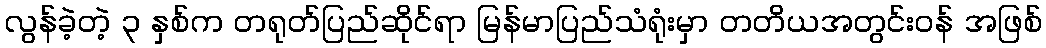
လွန်ခဲ့တဲ့ ၃ နှစ်က တရုတ်ပြည်ဆိုင်ရာ မြန်မာပြည်သံရုံးမှာ တတိယအတွင်းဝန် အဖြစ်